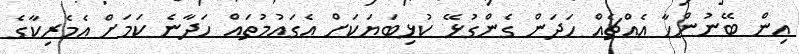
އިން ބޭނުންހާ އެއްޗެއް ހަދަން ގެންގުޅޭ ކުޅިބަޔަކަށް އެގައުމުތައް ހަދާނެ ކަމަށް އެމެރިކާގެ